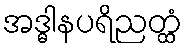
အဒ္ဓါနပရိညတ္ထံ